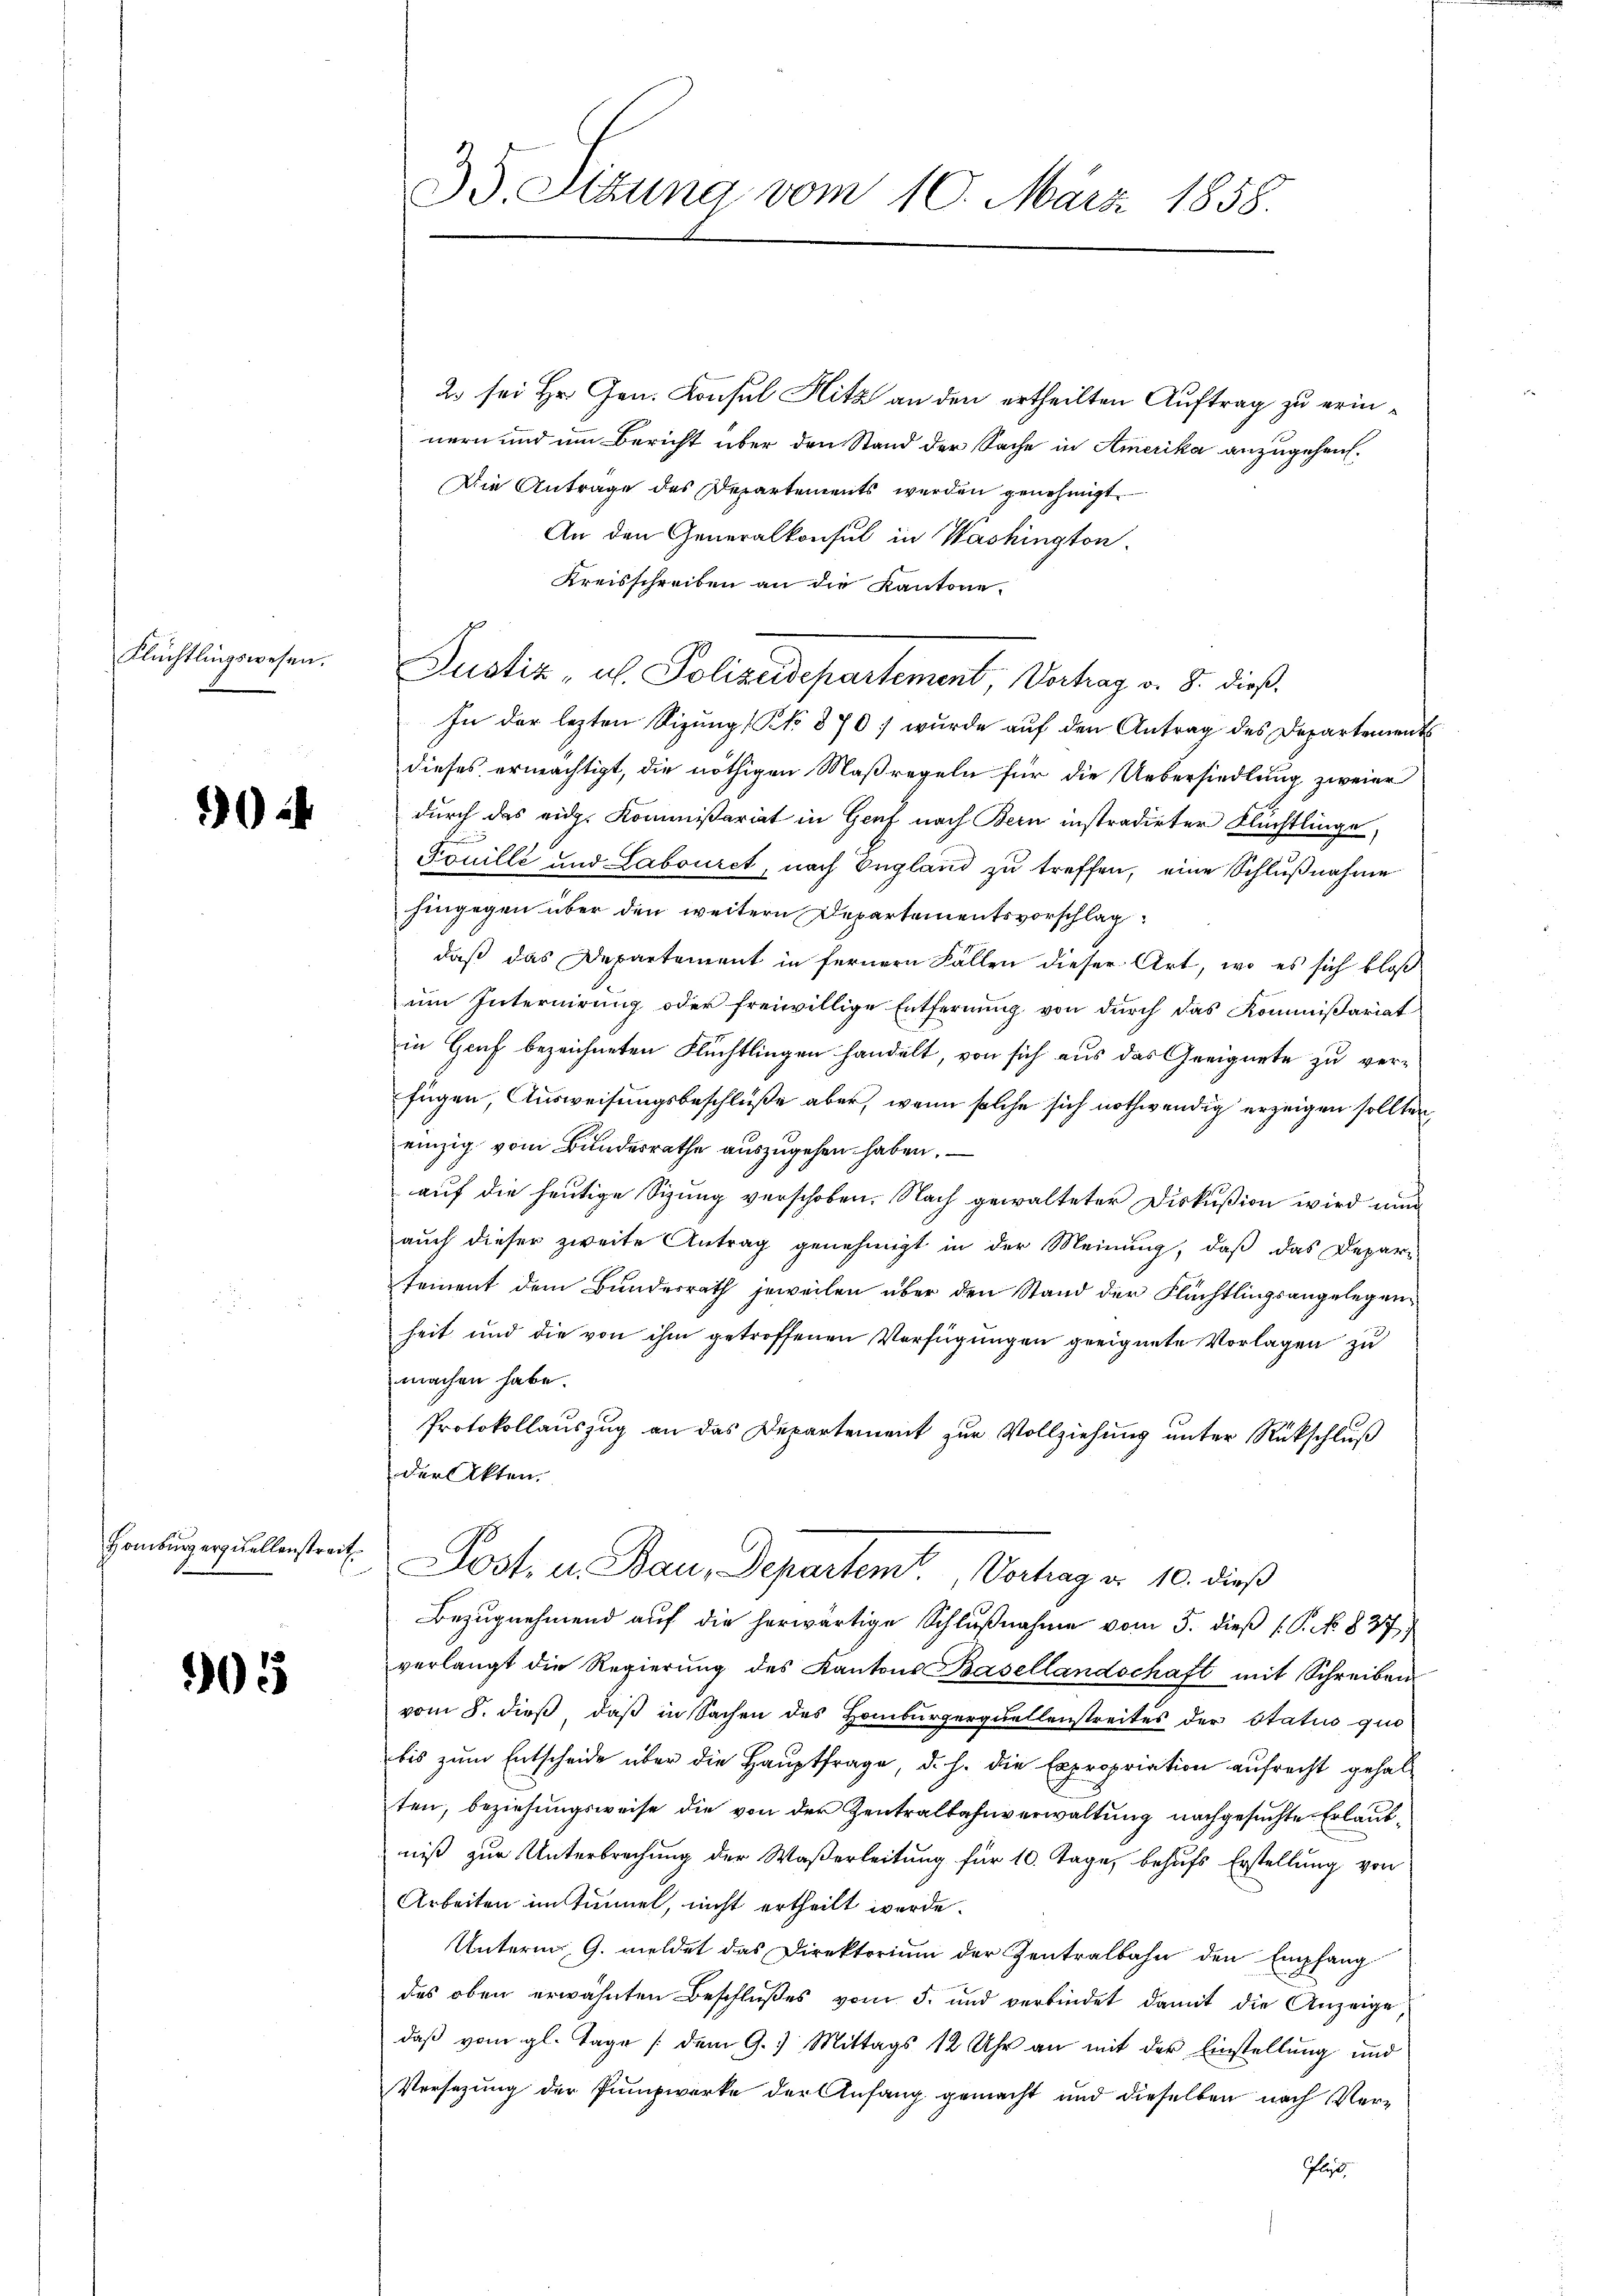
Flüchtlingswesen.

02

Homburg erquellenstreit

905

35. Sizung vom 10. März 1858.

2. sei Hr. Gen. Konsul Hitz an den ertheilten Auftrag zu erinnern und um Bericht über den Stand der Sache in Amerika anzugehent¬
Die Antrage des Departements werden genehmigt.
An den Generalkonsul in Washington
Kreisschreiben an die Kantone.
In der lezten Sizungs Pk 870 wurde auf den Antrag des Departement
dieses ermächtigt, die nöthigen Maßregeln für die Uebersiedlung zweier
durch das eidg. Kommißariat in Genf nach Bern instradirter Flüchtlinge
Fouille und Labouret, nach England zu treffen, eine Schlußnahme
hingegen über den weitern Departementsvorschlag
daß das Departement in fernern Fällen dieser Art, wo es sich bloß
em Internirung oder freiwillige Entfernung von durch das Kommißariat
in Gruf bezeichneten Flüchtlingen handelt, von sich aus das Geeignete zu verfügen, Ausweisungsbeschlüße aber, wenn solche sich nothwendig erzeigen sollten,
einzig vom Bundesrathe auszugehen haben. –
auf die heutige Sizung verschoben. Nach gewalteter Diskußion wird nun
auch dieser zweite Antrag genehmigt in der Meinung, daß das Depari
tement dem Bundesrath jeweilen über den Stand der Flüchtlingsangelegenheit und die von ihm getroffenen Verfügungen geeignete Vorlagen zu
machen habe.
Protokollauszug an das Departement zur Vollziehung unter Rückschluß
der Akten.
Dost. u. Bau, Departem Vortrag d. 10. dieß
Bezŭgnehmend aŭf die herwärtige Schlŭβnahme vom 5. dieß (P. No. 837
verlangt die Regierŭng des Kantons Basellandschaft mit Schreiben
vom 8. dieß, daß in Sachen des Homburgerquellenstreites der Status quo
bis zum Entscheide über die Hauptfrage, d. h. die Expropriation aufrecht gehalten, beziehungsweise die von der Zentralbahnverwaltung nachgesuchte Erlaubniß zur Unterbrechung der Waßerleitung für 10. Tage, behufs Erstellung von
Arbeiten im Tunnel, nicht ertheilt werde.
Unterm 9. meldet das Direktorium der Zentralbahn den Empfang
des oben erwähnten Beschlußes vom 5. und verbindet damit die Anzeige
daß vom gl. Tage (dem G.) Mittags 12 Uhr an mit der Einstellung und
Versezung der Pumpwerke der Anfang gemacht und dieselben nach Ver¬
Plast,

Justiz- u. Polizeidepartement, Vortrag v. 8. dieß¬